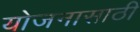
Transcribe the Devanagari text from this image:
योजनासाठी